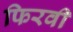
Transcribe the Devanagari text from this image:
फिरवी